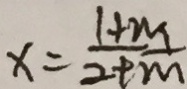
x = \frac { 1 + m } { 2 + m }